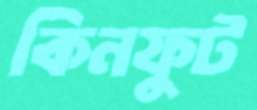
কিনফুট